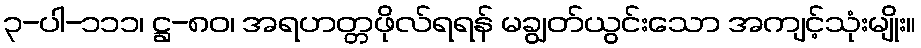
၃-ပါ-၁၁၁၊ ဋ္ဌ-၈၀၊ အရဟတ္တဖိုလ်ရရန် မချွတ်ယွင်းသော အကျင့်သုံးမျိုး။